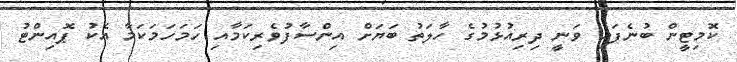
ކޮމިޓީން ބުނެފައި ވަނީ ދިރިއުޅުމުގެ ހާލަތު ބަޔަށް އިންސާފުވެރިކަމާއި ހަމަހަމަކަމާ އެކު ޕޮއިންޓު